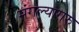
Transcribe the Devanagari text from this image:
मंगल्यागरु